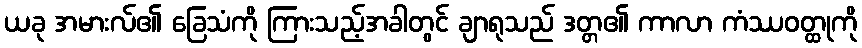
ယခု အမားလ်၏ ခြေသံကို ကြားသည့်အခါတွင် ချာရုသည် ဒတ္တ၏ ကာလာ ကံဿဝတ္ထုကို